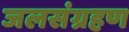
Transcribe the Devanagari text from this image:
जलसंग्रहण